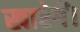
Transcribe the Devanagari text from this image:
खाऐगें।